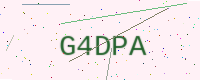
Text: G4DPA